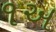
૧અ